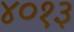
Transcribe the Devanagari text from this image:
४०१३